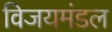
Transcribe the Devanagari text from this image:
विजयमंडल